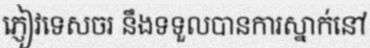
ភ្ញៀវទេសចរ នឹងទទួលបានការស្នាក់នៅ